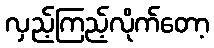
လှည့်ကြည့်လိုက်တော့